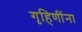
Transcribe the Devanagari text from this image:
गृहिणींना